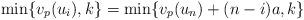
LaTeX: \begin{align*}\min\{ v_p(u_i), k \} = \min \{ v_p(u_n) + (n-i) a, k \}\end{align*}